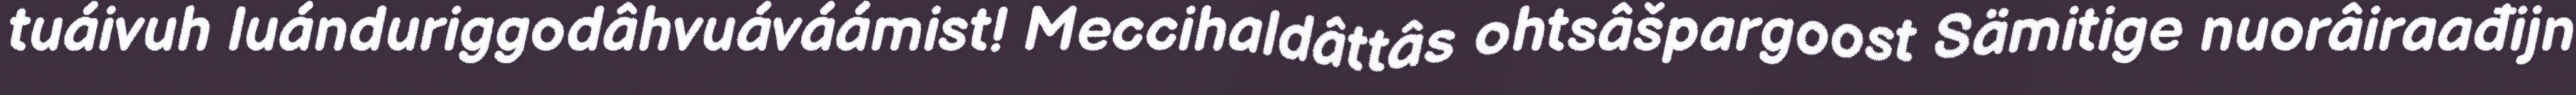
tuáivuh luánduriggodâhvuáváámist! Meccihaldâttâs ohtsâšpargoost Sämitige nuorâiraađijn